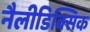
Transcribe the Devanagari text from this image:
नैलीडिक्सिक